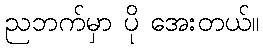
ညဘက်မှာ ပို အေးတယ်။